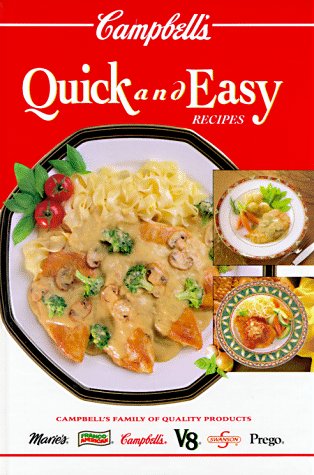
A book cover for Campbell's Quick & Easy Recipes; Patricia Teberg; Cookbooks, Food & Wine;